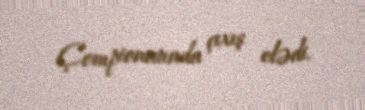
Çempionatında çıxış elədi.